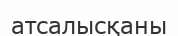
атсалысқаны